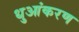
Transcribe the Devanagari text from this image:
धुआंकरण